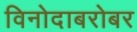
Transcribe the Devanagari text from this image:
विनोदाबरोबर